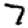
Digit: 7